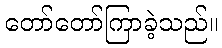
တော်တော်ကြာခဲ့သည်။